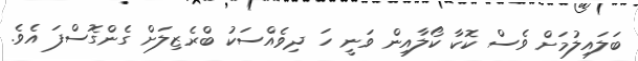
ބަލައިލުމަށް ވެސް ކޮކާ ކޯލާއިން ވަނީ ހަ ދިވެއްސަކު ބްރެޒިލަށް ގެންގޮސްފަ އެވެ.